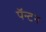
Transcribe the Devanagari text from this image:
पॅन्टन